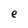
Character: e